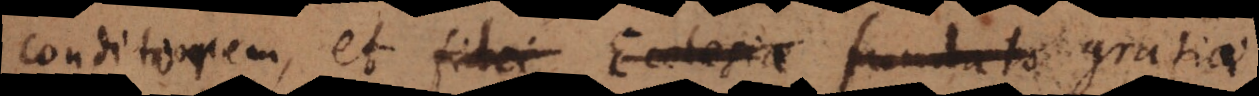
conditorem, et fidei Ecclesiae fundato gratiae